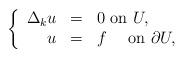
LaTeX: \begin{align*}\left\{\begin{array}{rcl}\Delta_ku&=&0\textrm{ on~} U,\\u&=&f\quad\textrm{ on~}\partial U,\end{array}\right.\end{align*}